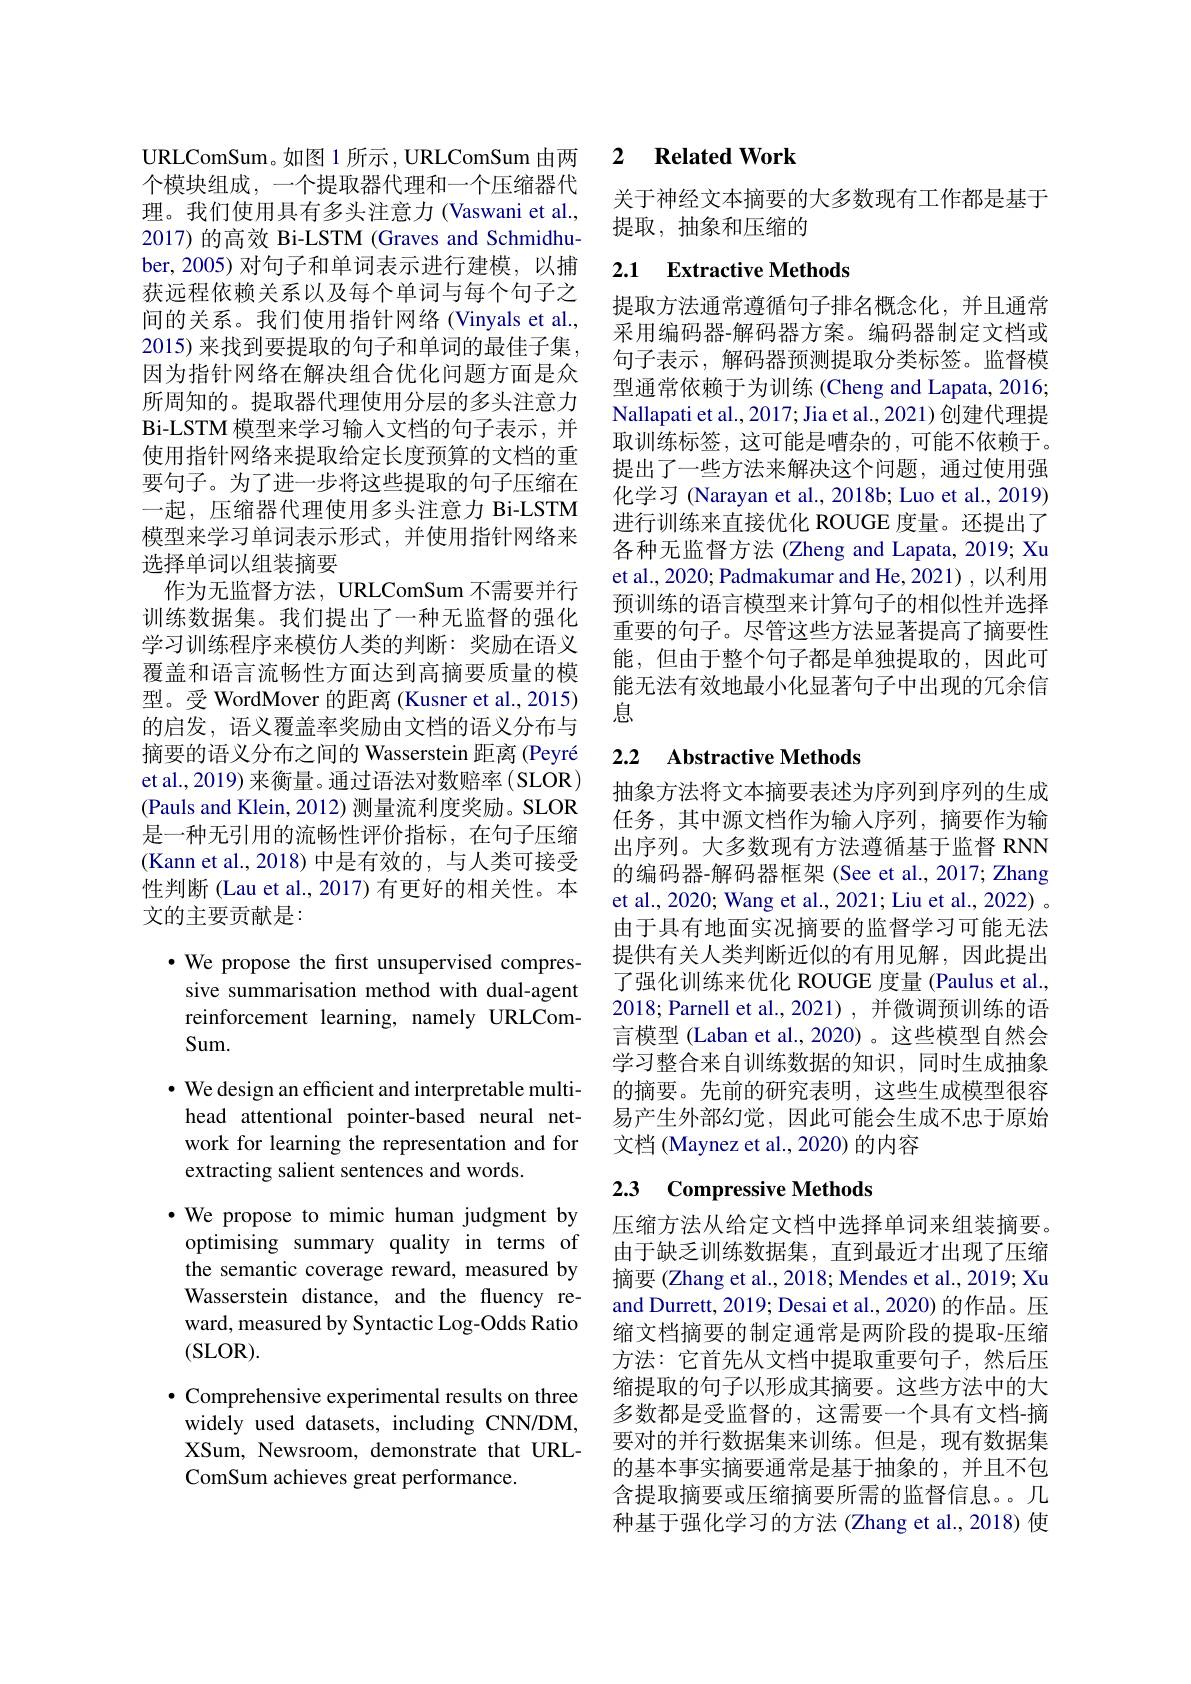
URLComSum。如图 1 所示，URLComSum 由两个模块组成，一个提取器代理和一个压缩器代理。我们使用具有多头注意力 (Vaswani et al., 2017) 的高效 Bi-LSTM (Graves and Schmidhuber,2005) 对句子和单词表示进行建模，以捕获远程依赖关系以及每个单词与每个句子之间的关系。我们使用指针网络(Vinyals et al., 2015) 来找到要提取的句子和单词的最佳子集， 因为指针网络在解决组合优化问题方面是众所周知的。提取器代理使用分层的多头注意力Bi- LSTM模型来学习输入文档的句子表示，并使用指针网络来提取给定长度预算的文档的重要句子。为了进一步将这些提取的句子压缩在一起，压缩器代理使用多头注意力 Bi-LSTM 模型来学习单词表示形式，并使用指针网络来选择单词以组装摘要
作为无监督方法，URLComSum 不需要并行训练数据集。我们提出了一种无监督的强化学习训练程序来模仿人类的判断：奖励在语义覆盖和语言流畅性方面达到高摘要质量的模型。受 WordMover 的距离 (Kusner et al., 2015) 的启发，语义覆盖率奖励由文档的语义分布与摘要的语义分布之间的 Wasserstein 距离 (Peyré et al., 2019) 来衡量。通过语法对数赔率 ( SLOR) (Pauls and Klein, 2012) 测量流利度奖励。SLOR 是一种无引用的流畅性评价指标，在句子压缩(Kann et al.,2018)中是有效的，与人类可接受性判断(Lau et al., 2017) 有更好的相关性。本文的主要贡献是：

$\cdot$ We propose the first unsupervised compres-

sive summarisation method with dual-agent

reinforcement learning, namely URLCom-

Sum.

$\bullet$ We design an efficient and interpretable multihead attentional pointer-based neural network for learning the representation and for extracting salient sentences and words.

·We propose to mimic human judgment by
optimising summary quality in terms of the semantic coverage reward, measured by Wasserstein distance, and the fluency reward, measured by Syntactic Log-Odds Ratio (SLOR).

$\bullet$ Comprehensive experimental results on three widely used datasets, including CNN/DM, XSum, Newsroom, demonstrate that URLComSum achieves great performance.

## 2 Related Work

关于神经文本摘要的大多数现有工作都是基于
提取，抽象和压缩的

## 2.1 $\textbf{Extractive Methods}$

提取方法通常遵循句子排名概念化，并且通常采用编码器-解码器方案。编码器制定文档或句子表示，解码器预测提取分类标签。监督模型通常依赖于为训练 (Cheng and Lapata, 2016; Nallapati et al., 2017; Jia et al., 2021) 创建代理提取训练标签，这可能是嘈杂的，可能不依赖于。提出了一些方法来解决这个问题，通过使用强化学习 (Narayan et al., 2018b; Luo et al., 2019) 进行训练来直接优化 ROUGE 度量。还提出了各种无监督方法 (Zheng and Lapata, 2019; Xu et al., 2020; Padmakumar and He, 2021), 以利用预训练的语言模型来计算句子的相似性并选择重要的句子。尽管这些方法显著提高了摘要性能，但由于整个句子都是单独提取的，因此可能无法有效地最小化显著句子中出现的冗余信息

## 2.2 $\textbf{Abstractive Methods}$

抽象方法将文本摘要表述为序列到序列的生成任务，其中源文档作为输入序列，摘要作为输出序列。大多数现有方法遵循基于监督 RNN 的编码器-解码器框架(See et al., 2017; Zhang et al., 2020; Wang et al., 2021; Liu et al., 2022) 。由于具有地面实况摘要的监督学习可能无法提供有关人类判断近似的有用见解，因此提出了强化训练来优化 ROUGE 度量 (Paulus et al., 2018; Parnell et al., 2021) , 并微调预训练的语言模型 (Laban et al.,2020)。这些模型自然会学习整合来自训练数据的知识，同时生成抽象的摘要。先前的研究表明，这些生成模型很容易产生外部幻觉，因此可能会生成不忠于原始文档 (Maynez et al., 2020) 的内容

## 2.3 Compressive Methods

压缩方法从给定文档中选择单词来组装摘要。由于缺乏训练数据集，直到最近才出现了压缩摘要 (Zhang et al., 2018; Mendes et al., 2019; Xu and Durrett, 2019; Desai et al., 2020) 的作品。压缩文档摘要的制定通常是两阶段的提取-压缩方法：它首先从文档中提取重要句子，然后压缩提取的句子以形成其摘要。这些方法中的大多数都是受监督的，这需要一个具有文档-摘要对的并行数据集来训练。但是，现有数据集的基本事实摘要通常是基于抽象的，并且不包含提取摘要或压缩摘要所需的监督信息。几种基于强化学习的方法 (Zhang et al., 2018) 使